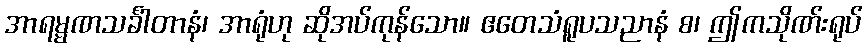
အာရမ္မဏသင်္ခါတာနံ၊ အာရုံဟု ဆိုအပ်ကုန်သော။ ဧတေသံရူပသညာနံ စ၊ ဤကသိုဏ်းရုပ်